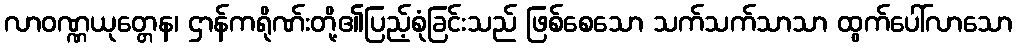
လာဝဏ္ဏယုတ္တေန၊ ဌာန်ကရိုဏ်းတို့၏ပြည့်စုံခြင်းသည် ဖြစ်စေသော သက်သက်သာသာ ထွက်ပေါ်လာသော